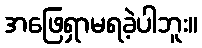
အဖြေရှာမရခဲ့ပါဘူး။